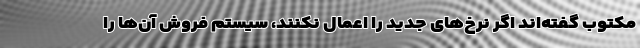
مکتوب گفته‌اند اگر نرخ‌های جدید را اعمال نکنند، سیستم فروش آن‌ها را